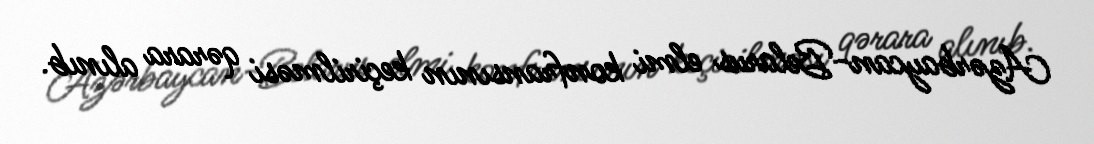
Azərbaycan-Belarus elmi konfransının keçirilməsi qərara alınıb.